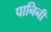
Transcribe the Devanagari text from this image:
पानिनी